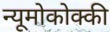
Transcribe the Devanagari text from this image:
न्यूमोकोक्की